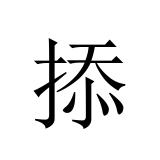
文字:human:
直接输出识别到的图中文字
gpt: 掭